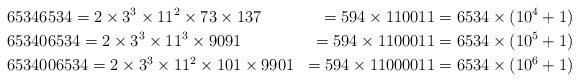
LaTeX: \begin{align*}&65346534=2\times 3^3\times 11^2\times 73\times 137&=594\times 110011&=6534\times(10^4+1)\\&653406534=2\times 3^3\times 11^3\times 9091&=594\times 1100011&=6534\times(10^5+1)\\&6534006534=2\times 3^3\times 11^2\times 101\times 9901&=594\times 11000011&=6534\times(10^6+1)\\\end{align*}